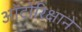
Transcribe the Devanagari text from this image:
ऑटोरिक्षाने